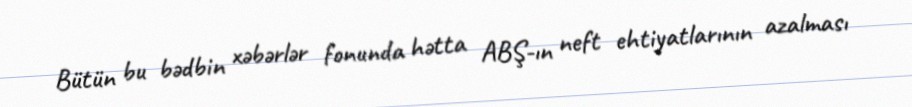
Bütün bu bədbin xəbərlər fonunda hətta ABŞ-ın neft ehtiyatlarının azalması